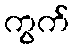
ကွက်